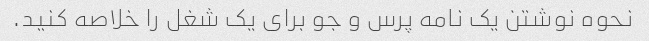
نحوه نوشتن یک نامه پرس و جو برای یک شغل را خلاصه کنید.